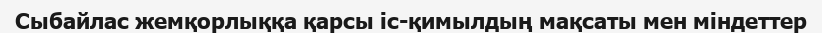
Сыбайлас жемқорлыққа қарсы іс-қимылдың мақсаты мен міндеттер